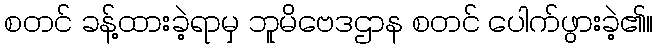
စတင် ခန့်ထားခဲ့ရာမှ ဘူမိဗေဒဌာန စတင် ပေါက်ဖွားခဲ့၏။